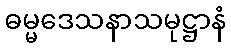
ဓမ္မဒေသနာသမုဋ္ဌာနံ